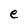
Character: e